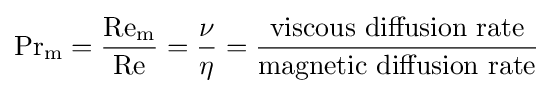
\mathrm {Pr} _{\mathrm {m} }={\frac {\mathrm {Re_{m}} }{\mathrm {Re} }}={\frac {\nu }{\eta }}={\frac {\mbox{viscous diffusion rate}}{\mbox{magnetic diffusion rate}}}